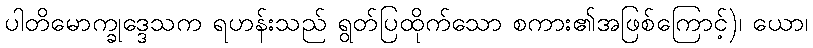
ပါတိမောက္ခုဒ္ဒေသက ရဟန်းသည် ရွတ်ပြထိုက်သော စကား၏အဖြစ်ကြောင့်)၊ ယော၊